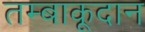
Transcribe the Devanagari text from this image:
तम्बाकूदान